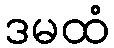
ဒမထံ